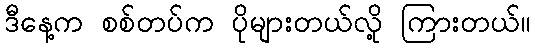
ဒီနေ့က စစ်တပ်က ပိုများတယ်လို့ ကြားတယ်။